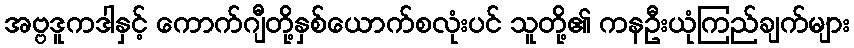
အဗ္ဗဒူကဒါနှင့် ကောက်ဂျီတို့နှစ်ယောက်စလုံးပင် သူတို့၏ ကနဦးယုံကြည်ချက်များ